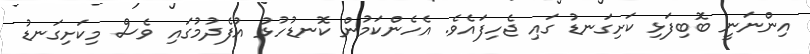
އިންނަނީ ބޮބިފަޅި ކަށިގަނޑު ގައި ޖެހިފައެވެ. އެހެންކަމުން ކޮނޑުހުޅު އުފެދުމުގައި ވެސް މިކަށިގަނޑު